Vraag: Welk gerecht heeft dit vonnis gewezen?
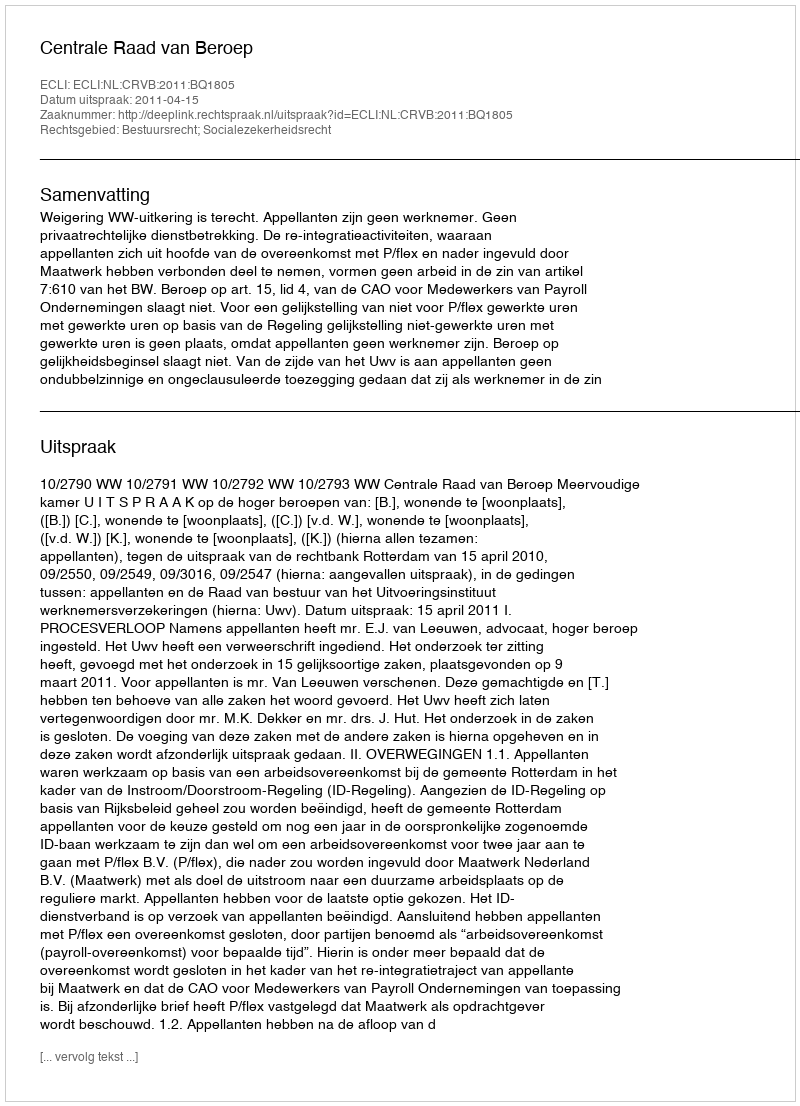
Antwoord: Centrale Raad van Beroep